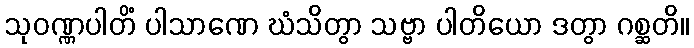
သုဝဏ္ဏပါတိံ ပါသာဏေ ဃံသိတွာ သဗ္ဗာ ပါတိယော ဒတွာ ဂစ္ဆတိ။